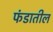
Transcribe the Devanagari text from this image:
फंडातील